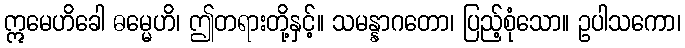
ဣမေဟိခေါ ဓမ္မေဟိ၊ ဤတရားတို့နှင့်။ သမန္နာဂတော၊ ပြည့်စုံသော။ ဥပါသကော၊